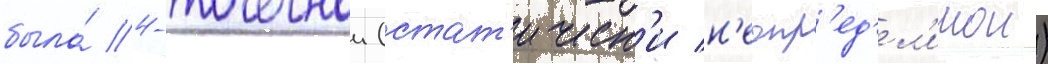
была́ 4-точечнои (стат'ическ'и н'еопр'ед'ел'имои)